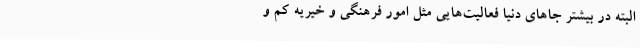
البته در بیشتر جاهای دنیا فعالیت‌هایی مثل امور فرهنگی و خیریه کم و